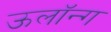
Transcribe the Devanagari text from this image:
ऊलॉन्ग